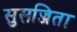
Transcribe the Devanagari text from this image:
सुसज्जिता